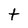
Character: t